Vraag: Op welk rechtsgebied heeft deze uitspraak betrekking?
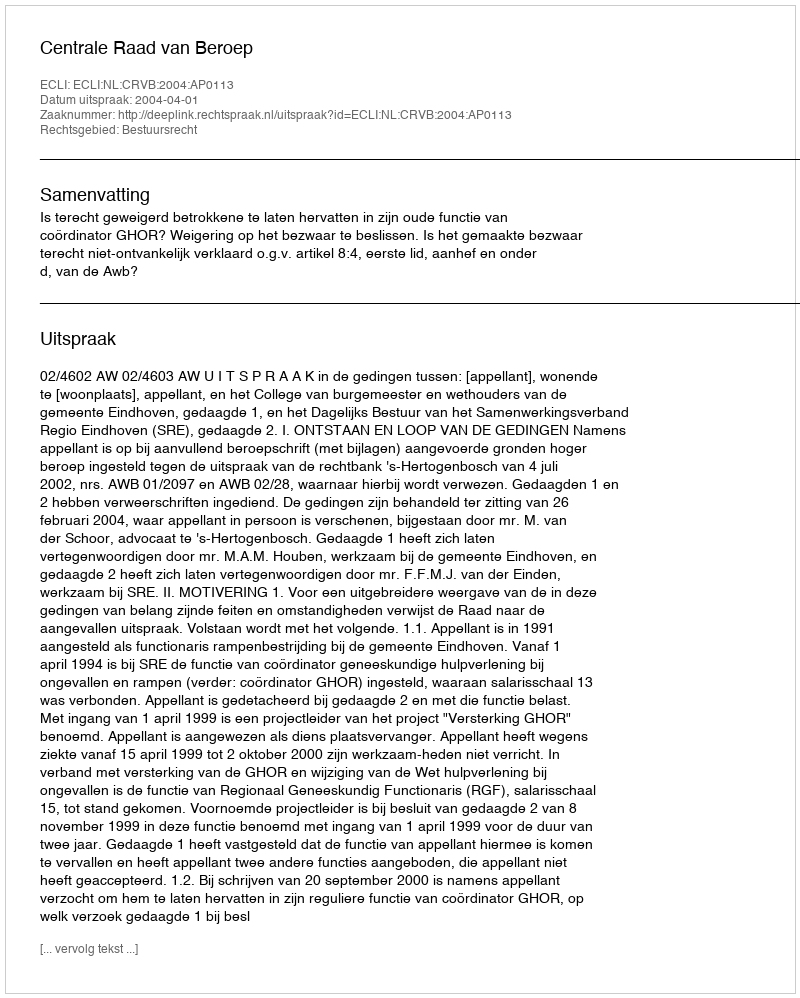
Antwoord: Bestuursrecht